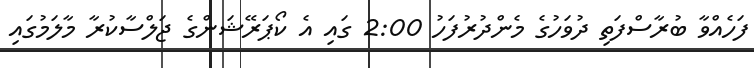
ފަހެއްވާ ބުރާސްފަތި ދުވަހުގެ މެންދުރުފަހު 2:00 ގައި އެ ކޯޕަރޭޝަންގެ ޖަލްސާކުރާ މާލަމުގައި